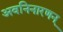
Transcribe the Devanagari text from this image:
अवनिनारणन्